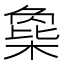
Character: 𣗸